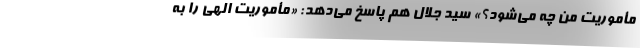
مأموریت من چه می‌شود؟» سید جلال هم پاسخ می‌دهد: «مأموریت الهی را به